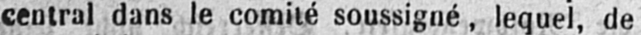
central dans le comité soussigné, lequel, de